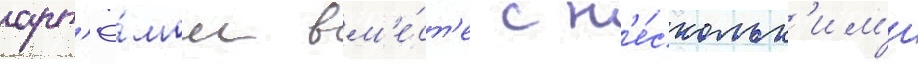
арт'ё́мом вм'е́ст'е с н'е́скольк'им'и